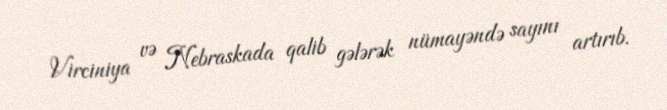
Virciniya və Nebraskada qalib gələrək nümayəndə sayını artırıb.